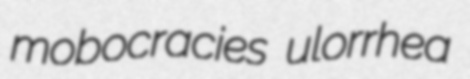
mobocracies ulorrhea